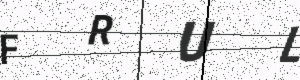
Text: FRUL